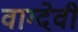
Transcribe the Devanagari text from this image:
वाग्‍देवी